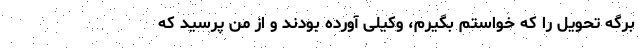
برگه تحویل را که خواستم بگیرم، وکیلی آورده بودند و از من پرسید که